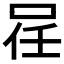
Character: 𠲉